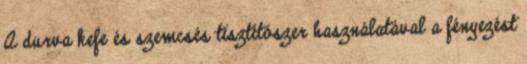
A durva kefe és szemcsés tisztítószer használatával a fényezést